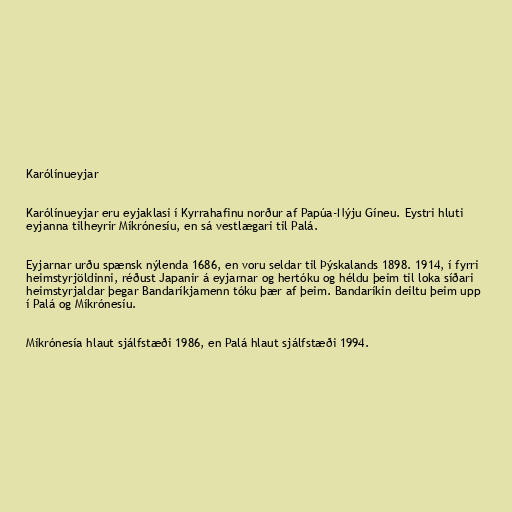
Karólínueyjar

Karólínueyjar eru eyjaklasi í Kyrrahafinu norður af Papúa-Nýju Gíneu. Eystri hluti
eyjanna tilheyrir Míkrónesíu, en sá vestlægari til Palá.

Eyjarnar urðu spænsk nýlenda 1686, en voru seldar til Þýskalands 1898. 1914, í fyrri
heimstyrjöldinni, réðust Japanir á eyjarnar og hertóku og héldu þeim til loka síðari
heimstyrjaldar þegar Bandaríkjamenn tóku þær af þeim. Bandaríkin deiltu þeim upp
í Palá og Míkrónesíu.

Míkrónesía hlaut sjálfstæði 1986, en Palá hlaut sjálfstæði 1994.